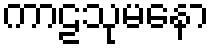
ကာဠသုမနော